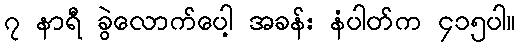
၇ နာရီ ခွဲလောက်ပေါ့ အခန်း နံပါတ်က ၄၁၅ပါ။